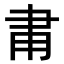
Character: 𬎾